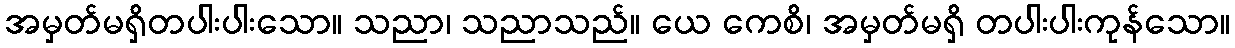
အမှတ်မရှိတပါးပါးသော။ သညာ၊ သညာသည်။ ယေ ကေစိ၊ အမှတ်မရှိ တပါးပါးကုန်သော။